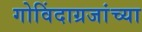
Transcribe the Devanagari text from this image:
गोविंदाग्रजांच्या